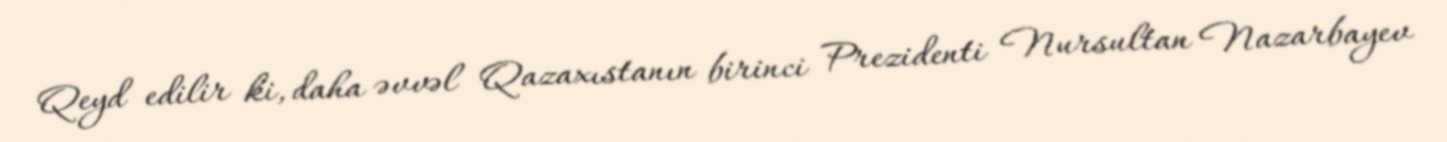
Qeyd edilir ki, daha əvvəl Qazaxıstanın birinci Prezidenti Nursultan Nazarbayev